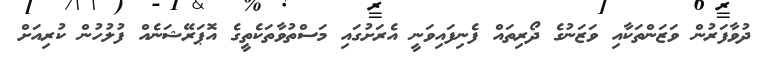
ދުވާފަރުން ވަޒަންތަކާއި ވަޒަނުގެ ދޯރިތައް ފެނިފައިވަނީ އެރަށުގައި މަސްތުވާތަކެތީގެ އޮޕަރޭޝަނެއް ފުލުހުން ކުރިއަށް